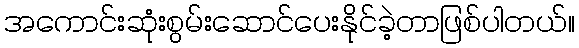
အကောင်းဆုံးစွမ်းဆောင်ပေးနိုင်ခဲ့တာဖြစ်ပါတယ်။